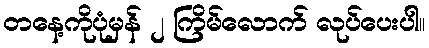
တနေ့ကိုပုံမှန် ၂ ကြိမ်လောက် လုပ်ပေးပါ။